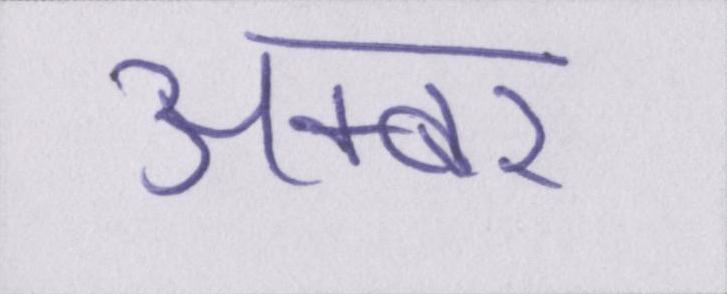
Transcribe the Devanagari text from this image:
अक्बर